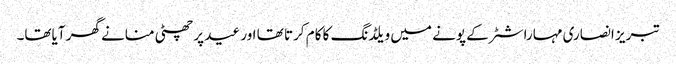
تبریز انصاری مہاراشٹر کے پونے میں ویلڈنگ کا کام کرتا تھا اور عید پر چھٹی منانے گھر آیاتھا۔